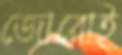
জোরোই